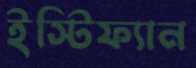
ইস্টিফ্যান